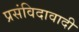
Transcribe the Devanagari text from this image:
प्रसंविदावादी